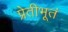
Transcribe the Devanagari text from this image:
प्रेतीभूतं